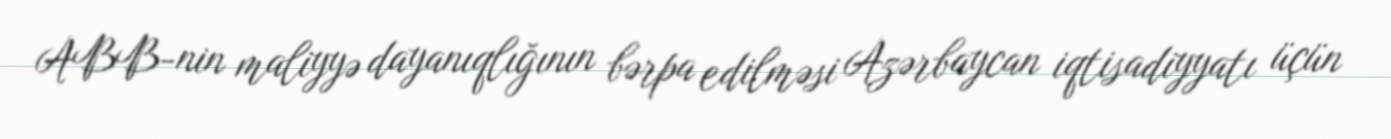
ABB-nin maliyyə dayanıqlığının bərpa edilməsi Azərbaycan iqtisadiyyatı üçün